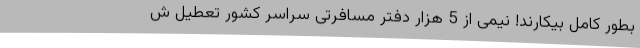
بطور کامل بیکارند! نیمی از 5 هزار دفتر مسافرتی سراسر کشور تعطیل ش